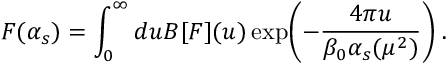
{ \cal F } ( \alpha _ { s } ) = \int _ { 0 } ^ { \infty } d u B [ { \cal F } ] ( u ) \exp \biggl ( - \frac { 4 \pi u } { \beta _ { 0 } \alpha _ { s } ( \mu ^ { 2 } ) } \biggr ) \; .